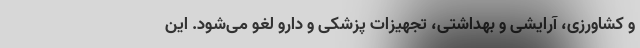
و کشاورزی، آرایشی و بهداشتی، تجهیزات پزشکی و دارو لغو می‌شود. این